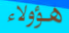
هؤولاء